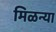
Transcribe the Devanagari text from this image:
मिळन्या